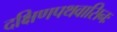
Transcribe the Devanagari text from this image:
दक्षिणपथवासिनः